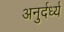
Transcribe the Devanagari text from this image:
अनुर्दर्ध्य